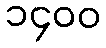
၁၄၀၀